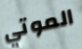
الموتي